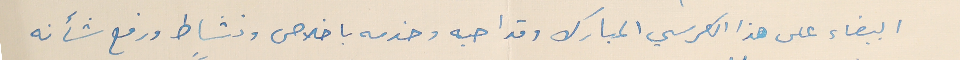
البيضاء على هذا الكرسي المبارك وقد احبه وخدمه باخلاص ونشاط ورفع شأنه